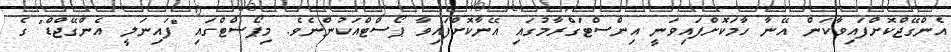
އެންގޭޖްކޮށްފައިވާކަން އޭނާ ހާމަކޮށްފައިވަނީ އިންސްޓަގްރާމުގައި އޭނާކޮށްފައިވާ ޕޯސްޓްއަކުންނެވެ. މިޕޯސްޓްގައި "ފައިނަލީ އެންގޭޖްޑް" ގެ